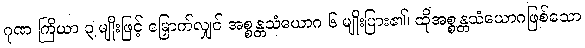
ဂုဏ ကြိယာ ၃ မျိုးဖြင့် မြှောက်လျှင် အစ္စန္တသံယောဂ ၆ မျိုးပြား၏၊ ထိုအစ္စန္တသံယောဂဖြစ်သော